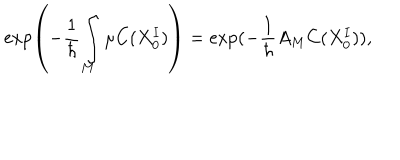
LaTeX: \exp \left( - \frac { 1 } { \hbar } \int _ { M } \mu C ( X _ { 0 } ^ { I } ) \right) = \exp ( - \frac { 1 } { \hbar } A _ { M } C ( X _ { 0 } ^ { I } ) ) ,